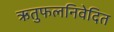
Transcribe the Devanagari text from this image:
ऋतुफलनिवेदित